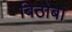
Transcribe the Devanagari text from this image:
बिठोबा